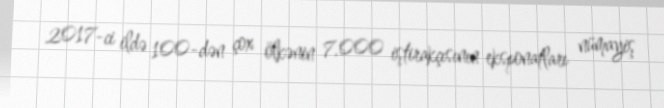
2017-ci ildə 100-dən çox ölkənin 7.000 iştirakçısının eksponatları nümayiş